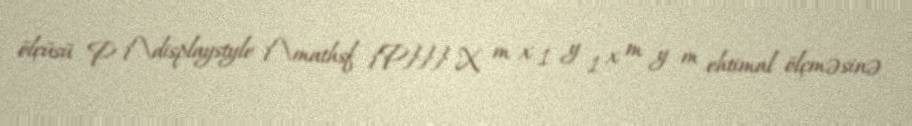
ölçüsü P {\displaystyle {\mathsf {P}}} X m x 1 y 1 x m y m ehtimal ölçməsinə